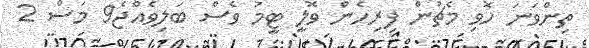
ތިންވަނަ ހޮވި މެޗުން ފިރިހެން ވޮލީ ޓީމު ވެސް ބަލިވެއްޖެ9 މަސް 2